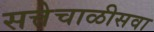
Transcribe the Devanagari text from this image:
सत्तेचाळीसवा